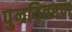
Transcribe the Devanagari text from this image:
पुन्रवितरण